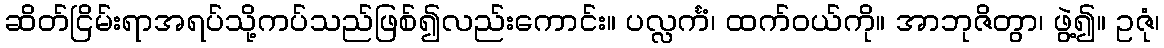
ဆိတ်ငြိမ်းရာအရပ်သို့ကပ်သည်ဖြစ်၍လည်းကောင်း။ ပလ္လင်္ကံ၊ ထက်ဝယ်ကို။ အာဘုဇိတွာ၊ ဖွဲ့၍။ ဥဇုံ၊